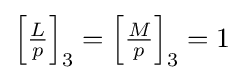
\left[{\tfrac {L}{p}}\right]_{3}=\left[{\tfrac {M}{p}}\right]_{3}=1